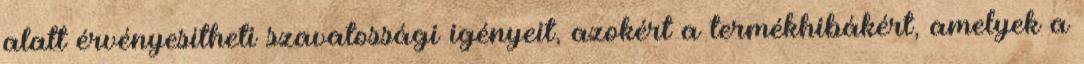
alatt érvényesítheti szavatossági igényeit, azokért a termékhibákért, amelyek a